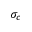
\sigma _ { c }